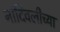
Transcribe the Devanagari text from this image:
नांदिवलीच्या